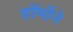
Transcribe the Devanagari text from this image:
हॉर्मोने